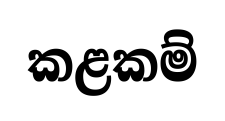
කළකම්